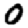
Digit: 0